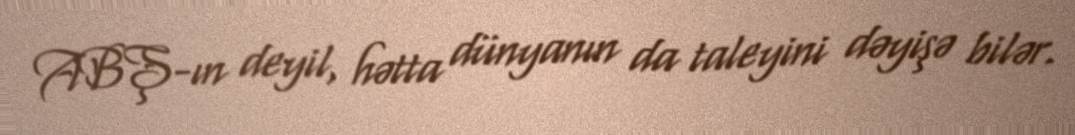
ABŞ-ın deyil, hətta dünyanın da taleyini dəyişə bilər.